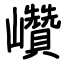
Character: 巑